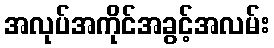
အလုပ်အကိုင်အခွင့်အလမ်း